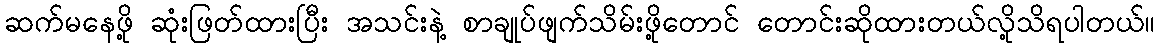
ဆက်မနေဖို့ ဆုံးဖြတ်ထားပြီး အသင်းနဲ့ စာချုပ်ဖျက်သိမ်းဖို့တောင် တောင်းဆိုထားတယ်လို့သိရပါတယ်။